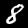
Label: 8